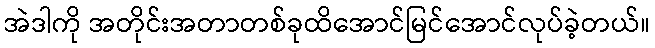
အဲဒါကို အတိုင်းအတာတစ်ခုထိအောင်မြင်အောင်လုပ်ခဲ့တယ်။